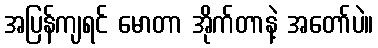
အပြန်ကျရင် မောတာ အိုက်တာနဲ့ အတော်ပဲ။